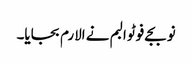
نو بجے فوٹو البم نے الارم بجایا۔